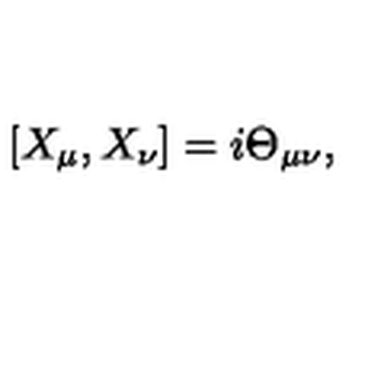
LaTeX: [ X _ { \mu } , X _ { \nu } ] = i \Theta _ { \mu \nu } ,